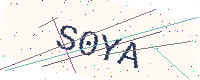
Text: S0YA